Papers set at the Examination for Leaving Certificates, 1890
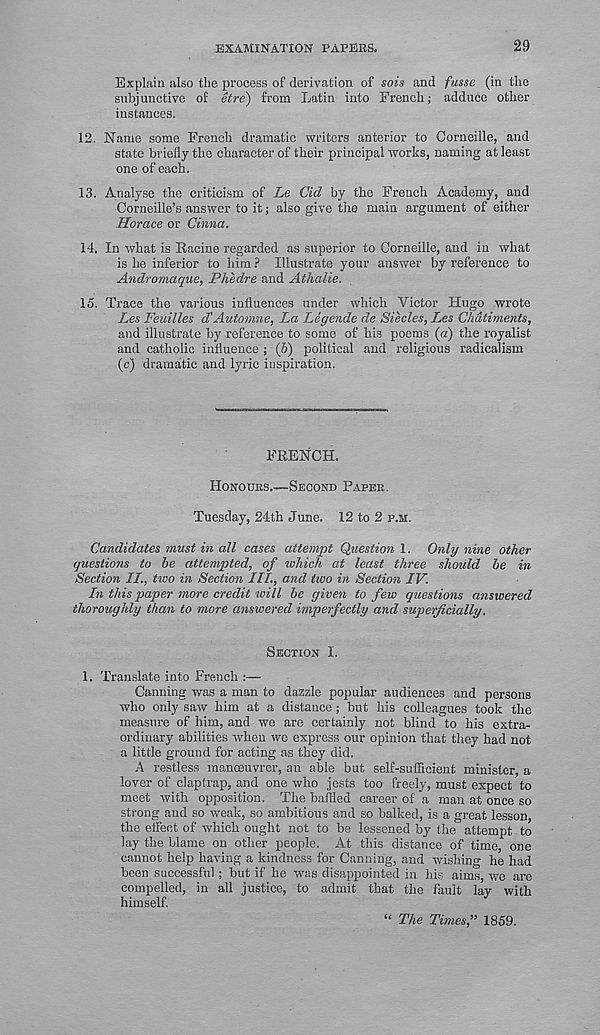
EXAMINATION PAPERS.
29
Explain also the process of derivation of sois and fusse (in the
subjunctive of etre) from Latin into French; adduce other
instances.
12. Name some French dramatic writers anterior to Corneille, and
state briefly the character of their principal works, naming at least
one of each.
13. Analyse the criticism of Le Cid by the French Academy, and
Corneille’s answer to it; also give the main argument of either
Horace or China.
14. In what is Racine regarded as superior to Corneille, and in what
is he inferior to him ? Illustrate your answer by reference to
Andromaque, Phedre and Athalie.
15. Trace the various influences under which Victor Hugo wrote
Les Feuilles d'Automne, La Legende de Siecles, Les Chdtiments,
and illustrate by reference to some of his poems (a) the royalist
and catholic influence ; (5) political and religious radicalism
(c) dramatic and lyric inspiration.
FRENCH.
HONOUKS.—SECOND PAPER.
Tuesday, 24th June. 12 to 2 P.M.
Candidates must in all cases attempt Question 1. Only nine other
questions to be attempted, of which at least three should be in
Section II., two in Section III., and two in Section IV.
In this paper more credit will be given to few questions answered
thoroughly than to more answered imperfectly and superficially.
SECTION I.
1. Translate into French :—
Canning was a man to dazzle popular audiences and persons
who only saw him at a distance; but his colleagues took the
measure of him, and we are certainly not blind to his extra-
ordinary abilities when we express our opinion that they had not
a little ground for acting as they did.
A restless manceuvrer, an able but self-sufficient minister, a
lover of claptrap, and one who jests too freely, must expect to
meet with opposition. The baffled career of a man at once so
strong and so weak, so ambitious and so balked, is a great lesson,
the effect of which ought not to be lessened by the attempt to
lay the blame on other people. At this distance of time, one
cannot help having a kindness for Canning, and wishing he had
been successful ; but if he was disappointed in his aims, wo are
compelled, in all justice, to admit that the fault lay with
himself.
“ The Times,” 1859.